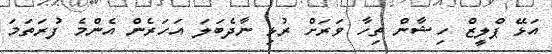
އަޅޭ ޕްލީޒް ހިޝާން ތިހާ ވަރަށް ރުޅި ނާދެބަލަ އަހަރެން އެންމެ ފުރަތަމަ